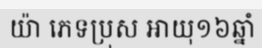
យ៉ា ភេទប្រុស អាយុ១៦ឆ្នាំ